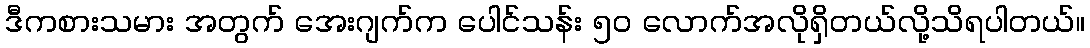
ဒီကစားသမား အတွက် အေးဂျက်က ပေါင်သန်း ၅၀ လောက်အလိုရှိတယ်လို့သိရပါတယ်။